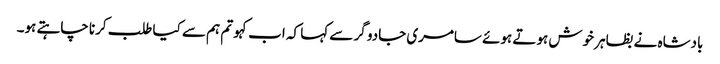
بادشاہ نے بظاہر خوش ہوتے ہوئے سامری جادو گر سے کہا کہ اب کہو تم ہم سے کیا طلب کرنا چاہتے ہو۔